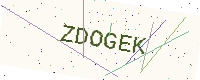
Text: ZDOGEK